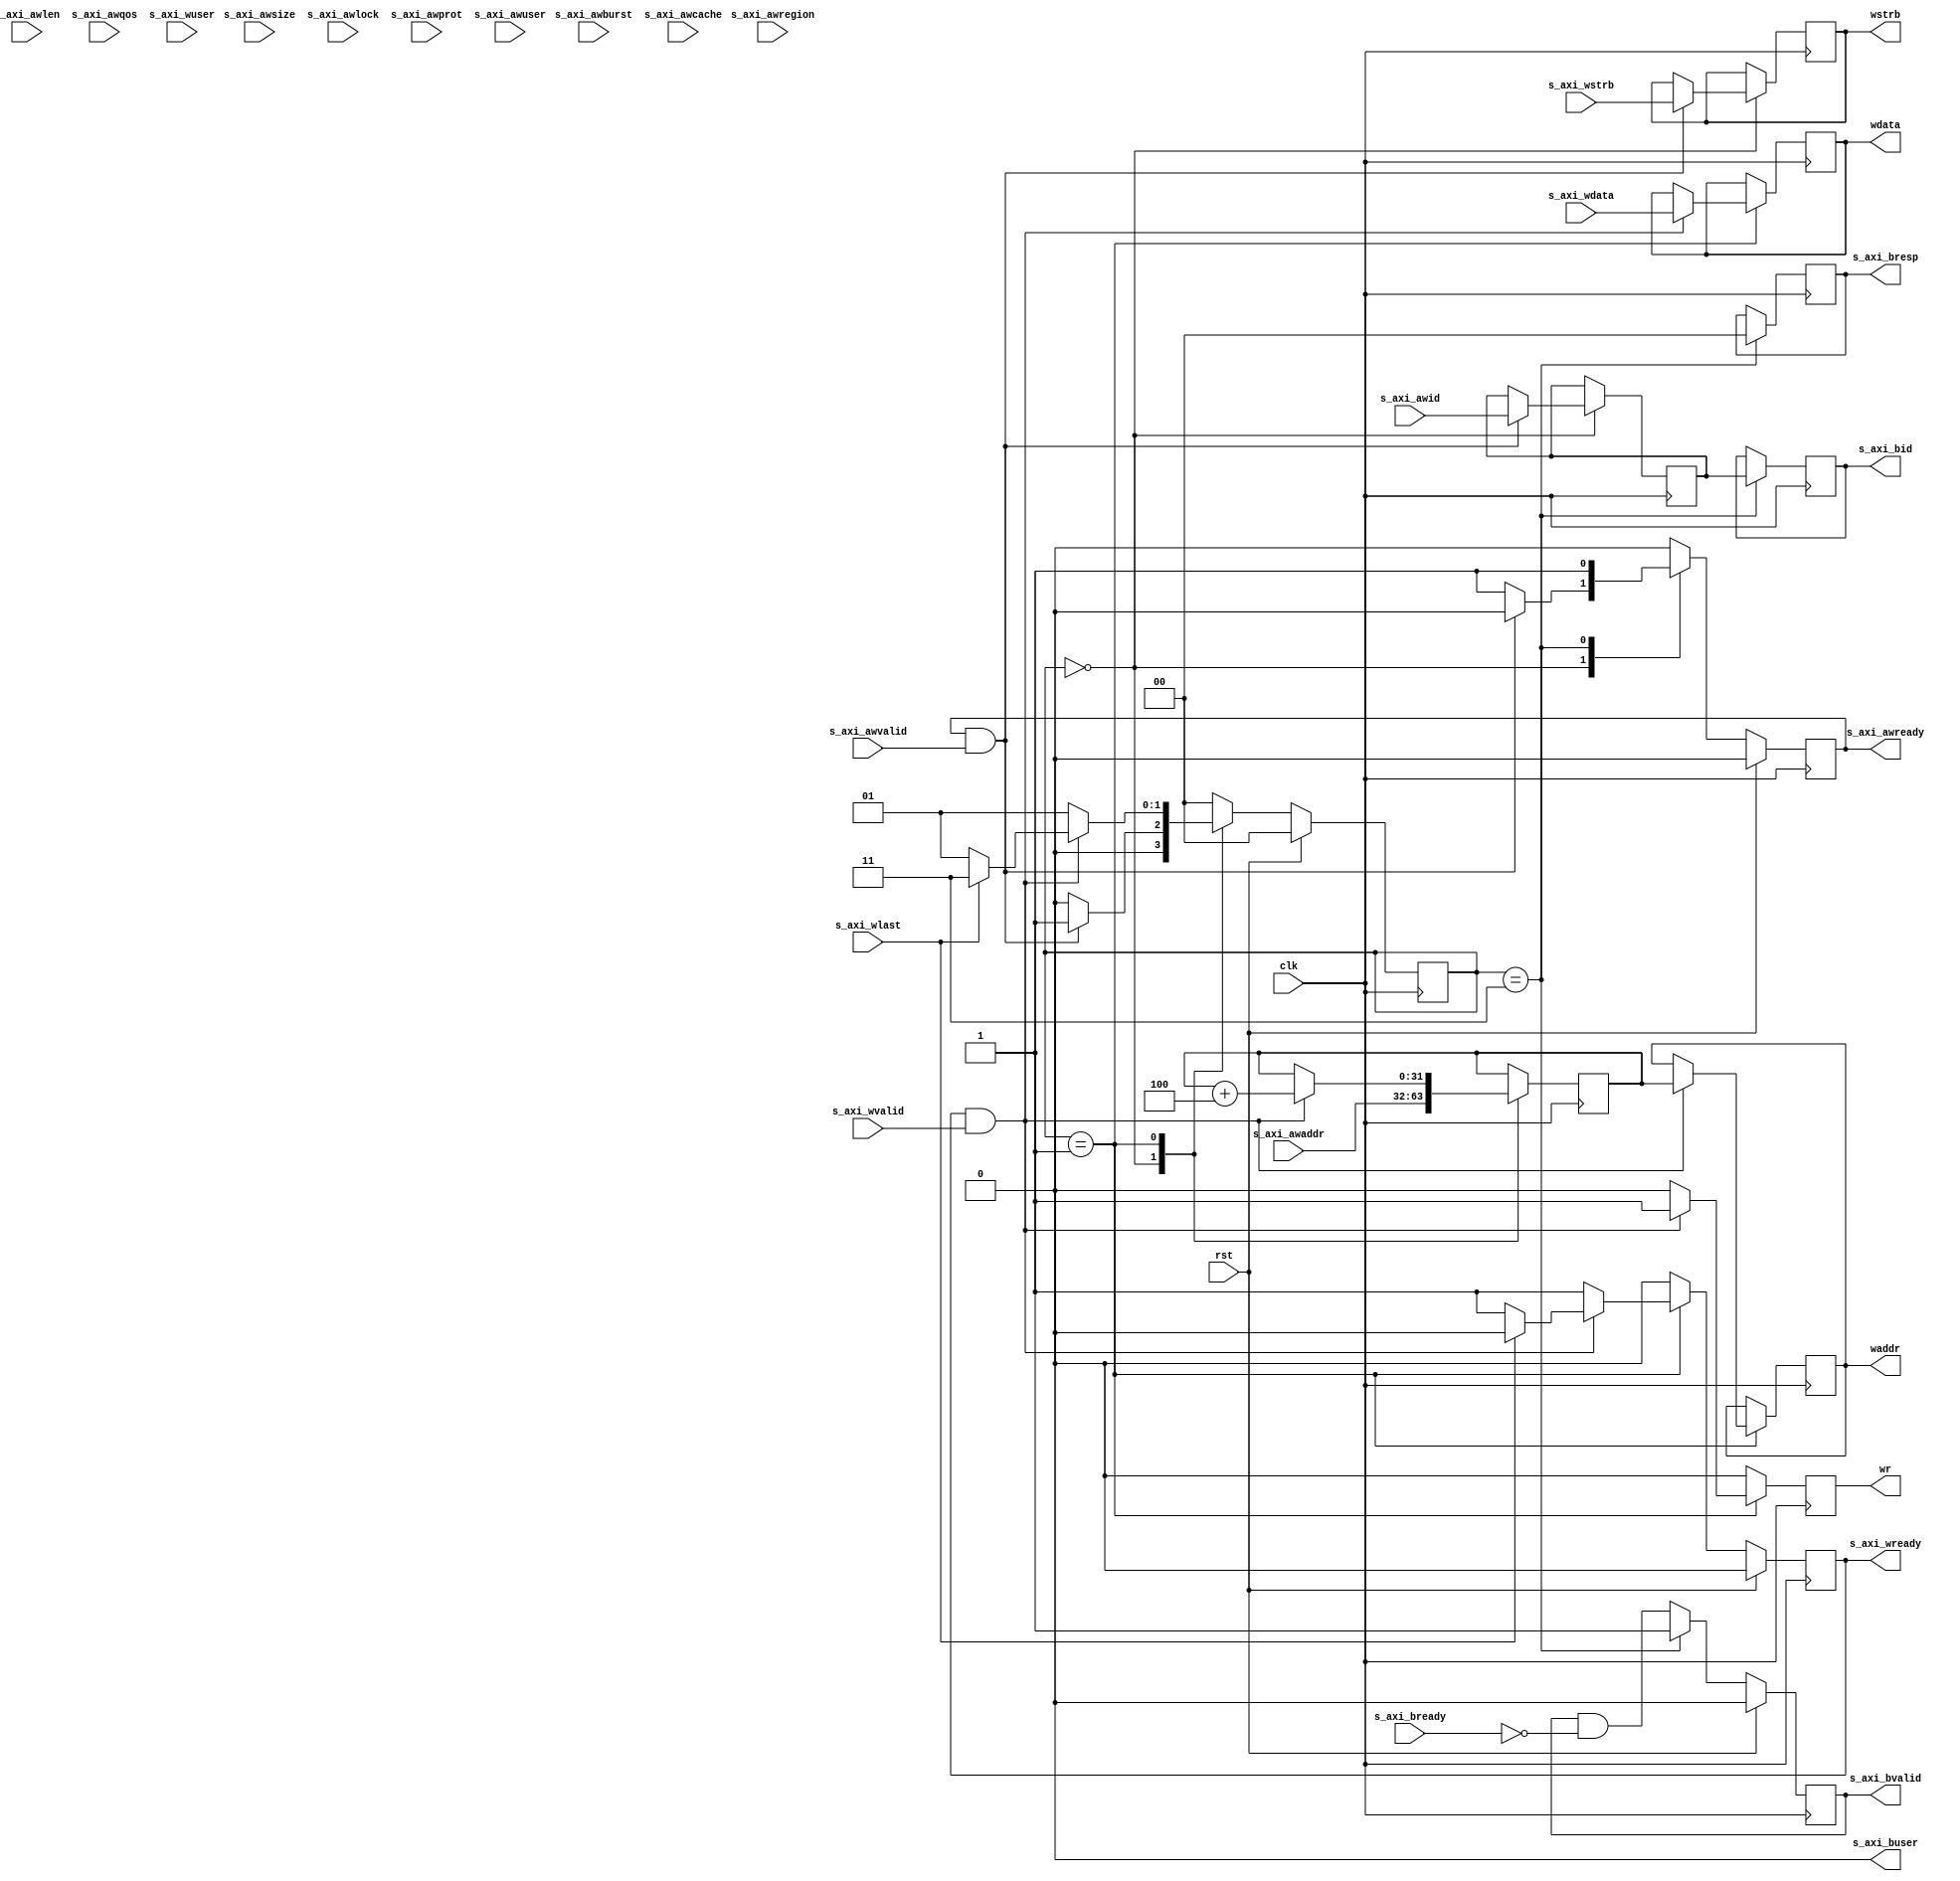
/*

Copyright (c) 2018 Alex Forencich

Permission is hereby granted, free of charge, to any person obtaining a copy
of this software and associated documentation files (the "Software"), to deal
in the Software without restriction, including without limitation the rights
to use, copy, modify, merge, publish, distribute, sublicense, and/or sell
copies of the Software, and to permit persons to whom the Software is
furnished to do so, subject to the following conditions:

The above copyright notice and this permission notice shall be included in
all copies or substantial portions of the Software.

THE SOFTWARE IS PROVIDED "AS IS", WITHOUT WARRANTY OF ANY KIND, EXPRESS OR
IMPLIED, INCLUDING BUT NOT LIMITED TO THE WARRANTIES OF MERCHANTABILITY
FITNESS FOR A PARTICULAR PURPOSE AND NONINFRINGEMENT. IN NO EVENT SHALL THE
AUTHORS OR COPYRIGHT HOLDERS BE LIABLE FOR ANY CLAIM, DAMAGES OR OTHER
LIABILITY, WHETHER IN AN ACTION OF CONTRACT, TORT OR OTHERWISE, ARISING FROM,
OUT OF OR IN CONNECTION WITH THE SOFTWARE OR THE USE OR OTHER DEALINGS IN
THE SOFTWARE.

*/

// Language: Verilog 2001

`resetall 
`timescale 1ns / 1ps 
`default_nettype none

/*
 * AXI4 config write
 */
module axi_config_wr #(
    // Width of address bus in bits
    parameter ADDR_WIDTH    = 32,
    // Width of input (slave) interface data bus in bits
    parameter DATA_WIDTH    = 32,
    // Width of input (slave) interface wstrb (width of data bus in words)
    parameter STRB_WIDTH    = (DATA_WIDTH / 8),
    // Width of ID signal
    parameter ID_WIDTH      = 8,
    // Propagate awuser signal
    parameter AWUSER_ENABLE = 0,
    // Width of awuser signal
    parameter AWUSER_WIDTH  = 1,
    // Propagate wuser signal
    parameter WUSER_ENABLE  = 0,
    // Width of wuser signal
    parameter WUSER_WIDTH   = 1,
    // Propagate buser signal
    parameter BUSER_ENABLE  = 0,
    // Width of buser signal
    parameter BUSER_WIDTH   = 1
) (
    input wire clk,
    input wire rst,

    /*
     * AXI slave interface
     */
    input  wire [    ID_WIDTH-1:0] s_axi_awid,
    input  wire [  ADDR_WIDTH-1:0] s_axi_awaddr,
    input  wire [             7:0] s_axi_awlen,
    input  wire [             2:0] s_axi_awsize,
    input  wire [             1:0] s_axi_awburst,
    input  wire                    s_axi_awlock,
    input  wire [             3:0] s_axi_awcache,
    input  wire [             2:0] s_axi_awprot,
    input  wire [             3:0] s_axi_awqos,
    input  wire [             3:0] s_axi_awregion,
    input  wire [AWUSER_WIDTH-1:0] s_axi_awuser,
    input  wire                    s_axi_awvalid,
    output wire                    s_axi_awready,
    input  wire [  DATA_WIDTH-1:0] s_axi_wdata,
    input  wire [  STRB_WIDTH-1:0] s_axi_wstrb,
    input  wire                    s_axi_wlast,
    input  wire [ WUSER_WIDTH-1:0] s_axi_wuser,
    input  wire                    s_axi_wvalid,
    output wire                    s_axi_wready,
    output wire [    ID_WIDTH-1:0] s_axi_bid,
    output wire [             1:0] s_axi_bresp,
    output wire [ BUSER_WIDTH-1:0] s_axi_buser,
    output wire                    s_axi_bvalid,
    input  wire                    s_axi_bready,

    output wire                  wr,
    output wire [ADDR_WIDTH-1:0] waddr,
    output wire [DATA_WIDTH-1:0] wdata,
    output wire [STRB_WIDTH-1:0] wstrb
);

    parameter WORD_WIDTH = STRB_WIDTH;
    parameter WORD_SIZE = DATA_WIDTH / WORD_WIDTH;

    // bus width assertions
    initial begin
        if (WORD_SIZE * STRB_WIDTH != DATA_WIDTH) begin
            $error("Error: AXI slave interface data width not evenly divisble (instance %m)");
            $finish;
        end
    end

    localparam [1:0] STATE_IDLE = 2'd0, STATE_DATA = 2'd1, STATE_DATA_2 = 2'd2, STATE_RESP = 2'd3;

    reg [1:0] state_reg = STATE_IDLE, state_next;

    reg [ID_WIDTH-1:0] id_reg = {ID_WIDTH{1'b0}}, id_next;
    reg [ADDR_WIDTH-1:0] addr_reg = {ADDR_WIDTH{1'b0}}, addr_next;
    reg [DATA_WIDTH-1:0] data_reg = {DATA_WIDTH{1'b0}}, data_next;
    reg [STRB_WIDTH-1:0] strb_reg = {STRB_WIDTH{1'b0}}, strb_next;
    reg [WUSER_WIDTH-1:0] wuser_reg = {WUSER_WIDTH{1'b0}}, wuser_next;
    reg [ADDR_WIDTH-1:0] waddr_reg = {ADDR_WIDTH{1'b0}}, waddr_next;
    reg wr_reg = 1'b0, wr_next;

    reg s_axi_awready_reg = 1'b0, s_axi_awready_next;
    reg s_axi_wready_reg = 1'b0, s_axi_wready_next;
    reg [ID_WIDTH-1:0] s_axi_bid_reg = {ID_WIDTH{1'b0}}, s_axi_bid_next;
    reg [1:0] s_axi_bresp_reg = 2'd0, s_axi_bresp_next;
    reg [BUSER_WIDTH-1:0] s_axi_buser_reg = {BUSER_WIDTH{1'b0}}, s_axi_buser_next;
    reg s_axi_bvalid_reg = 1'b0, s_axi_bvalid_next;

    assign s_axi_awready = s_axi_awready_reg;
    assign s_axi_wready  = s_axi_wready_reg;
    assign s_axi_bid     = s_axi_bid_reg;
    assign s_axi_bresp   = s_axi_bresp_reg;
    assign s_axi_buser   = BUSER_ENABLE ? s_axi_buser_reg : {BUSER_WIDTH{1'b0}};
    assign s_axi_bvalid  = s_axi_bvalid_reg;

    assign waddr         = waddr_reg;
    assign wdata         = data_reg;
    assign wstrb         = strb_reg;
    assign wr            = wr_reg;

    always @(*) begin
        state_next         = STATE_IDLE;

        id_next            = id_reg;
        addr_next          = addr_reg;
        data_next          = data_reg;
        strb_next          = strb_reg;
        wuser_next         = wuser_reg;

        s_axi_awready_next = 1'b0;
        s_axi_wready_next  = 1'b0;
        s_axi_bid_next     = s_axi_bid_reg;
        s_axi_bresp_next   = s_axi_bresp_reg;
        s_axi_buser_next   = s_axi_buser_reg;
        s_axi_bvalid_next  = s_axi_bvalid_reg && !s_axi_bready;

        waddr_next = waddr_reg;
        wr_next    = 0;


        case (state_reg)
            STATE_IDLE: begin
                // idle state; wait for new burst
                //s_axi_awready_next = !m_axi_awvalid;
                s_axi_awready_next = 1;

                addr_next = s_axi_awaddr;
                if (s_axi_awready && s_axi_awvalid) begin
                    s_axi_awready_next = 1'b0;
                    id_next            = s_axi_awid;
                    strb_next          = s_axi_wstrb;
                    state_next         = STATE_DATA;
                end else begin
                    state_next = STATE_IDLE;
                end
            end
            STATE_DATA: begin
                // data state; transfer write data
                s_axi_wready_next = 1;

//                 if (s_axi_wready && s_axi_wvalid) begin
//                 end
                if (s_axi_wready && s_axi_wvalid) begin
                    addr_next  = addr_reg + 4;
                    waddr_next = addr_reg;
                    wr_next    = 1;
                    data_next  = s_axi_wdata;
                    if (s_axi_wlast) begin
                        // last data word, wait for response
                        s_axi_wready_next = 1'b0;
                        state_next        = STATE_RESP;
                    end else begin
                        state_next = STATE_DATA;
                    end
                end else begin
                    state_next = STATE_DATA;
                end
            end
            STATE_RESP: begin
                // resp state; transfer write response
                s_axi_bid_next     = id_reg;
                s_axi_bresp_next   = 0;
                s_axi_buser_next   = 0;
                s_axi_bvalid_next  = 1'b1;
                s_axi_awready_next = 1;
                state_next         = STATE_IDLE;
            end
            default: state_next    = STATE_IDLE;
        endcase
    end

    always @(posedge clk) begin
        state_reg         <= state_next;

        id_reg            <= id_next;
        addr_reg          <= addr_next;
        data_reg          <= data_next;
        strb_reg          <= strb_next;
        wuser_reg         <= wuser_next;
        waddr_reg         <= waddr_next;
        wr_reg            <= wr_next;

        s_axi_awready_reg <= s_axi_awready_next;
        s_axi_wready_reg  <= s_axi_wready_next;
        s_axi_bid_reg     <= s_axi_bid_next;
        s_axi_bresp_reg   <= s_axi_bresp_next;
        s_axi_buser_reg   <= s_axi_buser_next;
        s_axi_bvalid_reg  <= s_axi_bvalid_next;

        if (rst) begin
            state_reg         <= STATE_IDLE;

            s_axi_awready_reg <= 1'b0;
            s_axi_wready_reg  <= 1'b0;
            s_axi_bvalid_reg  <= 1'b0;

        end
    end

endmodule

`resetall